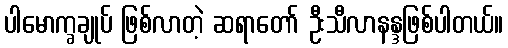
ပါမောက္ခချုပ် ဖြစ်လာတဲ့ ဆရာတော် ဦးသီလာနန္ဒဖြစ်ပါတယ်။